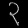
Digit: ၃